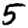
Digit: 5